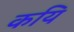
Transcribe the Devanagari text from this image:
कयि